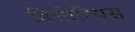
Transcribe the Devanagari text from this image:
डिलीरियस